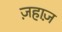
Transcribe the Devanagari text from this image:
ज़हाज़